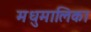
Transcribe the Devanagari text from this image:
मधुमालिका